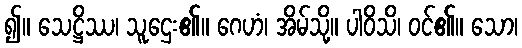
၍။ သေဋ္ဌိဿ၊ သူဌေး၏။ ဂေဟံ၊ အိမ်သို့။ ပါဝိသိ၊ ဝင်၏။ သော၊